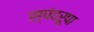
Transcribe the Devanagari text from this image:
स्पंदरूपा